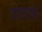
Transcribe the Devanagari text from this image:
यायास